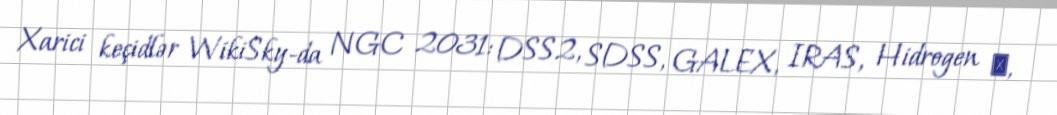
Xarici keçidlər WikiSky-da NGC 2031: DSS2, SDSS, GALEX, IRAS, Hidrogen α,